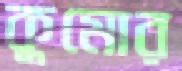
কুমোর